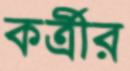
কর্ত্রীর